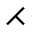
\rightthreetimes